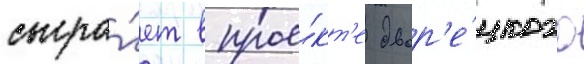
сыгра́ет в прое́кт'е двор'е́цкого